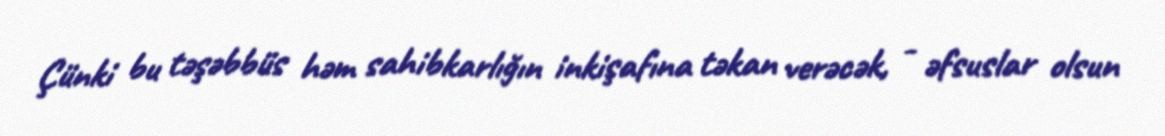
Çünki bu təşəbbüs həm sahibkarlığın inkişafına təkan verəcək, - əfsuslar olsun